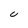
Character: U